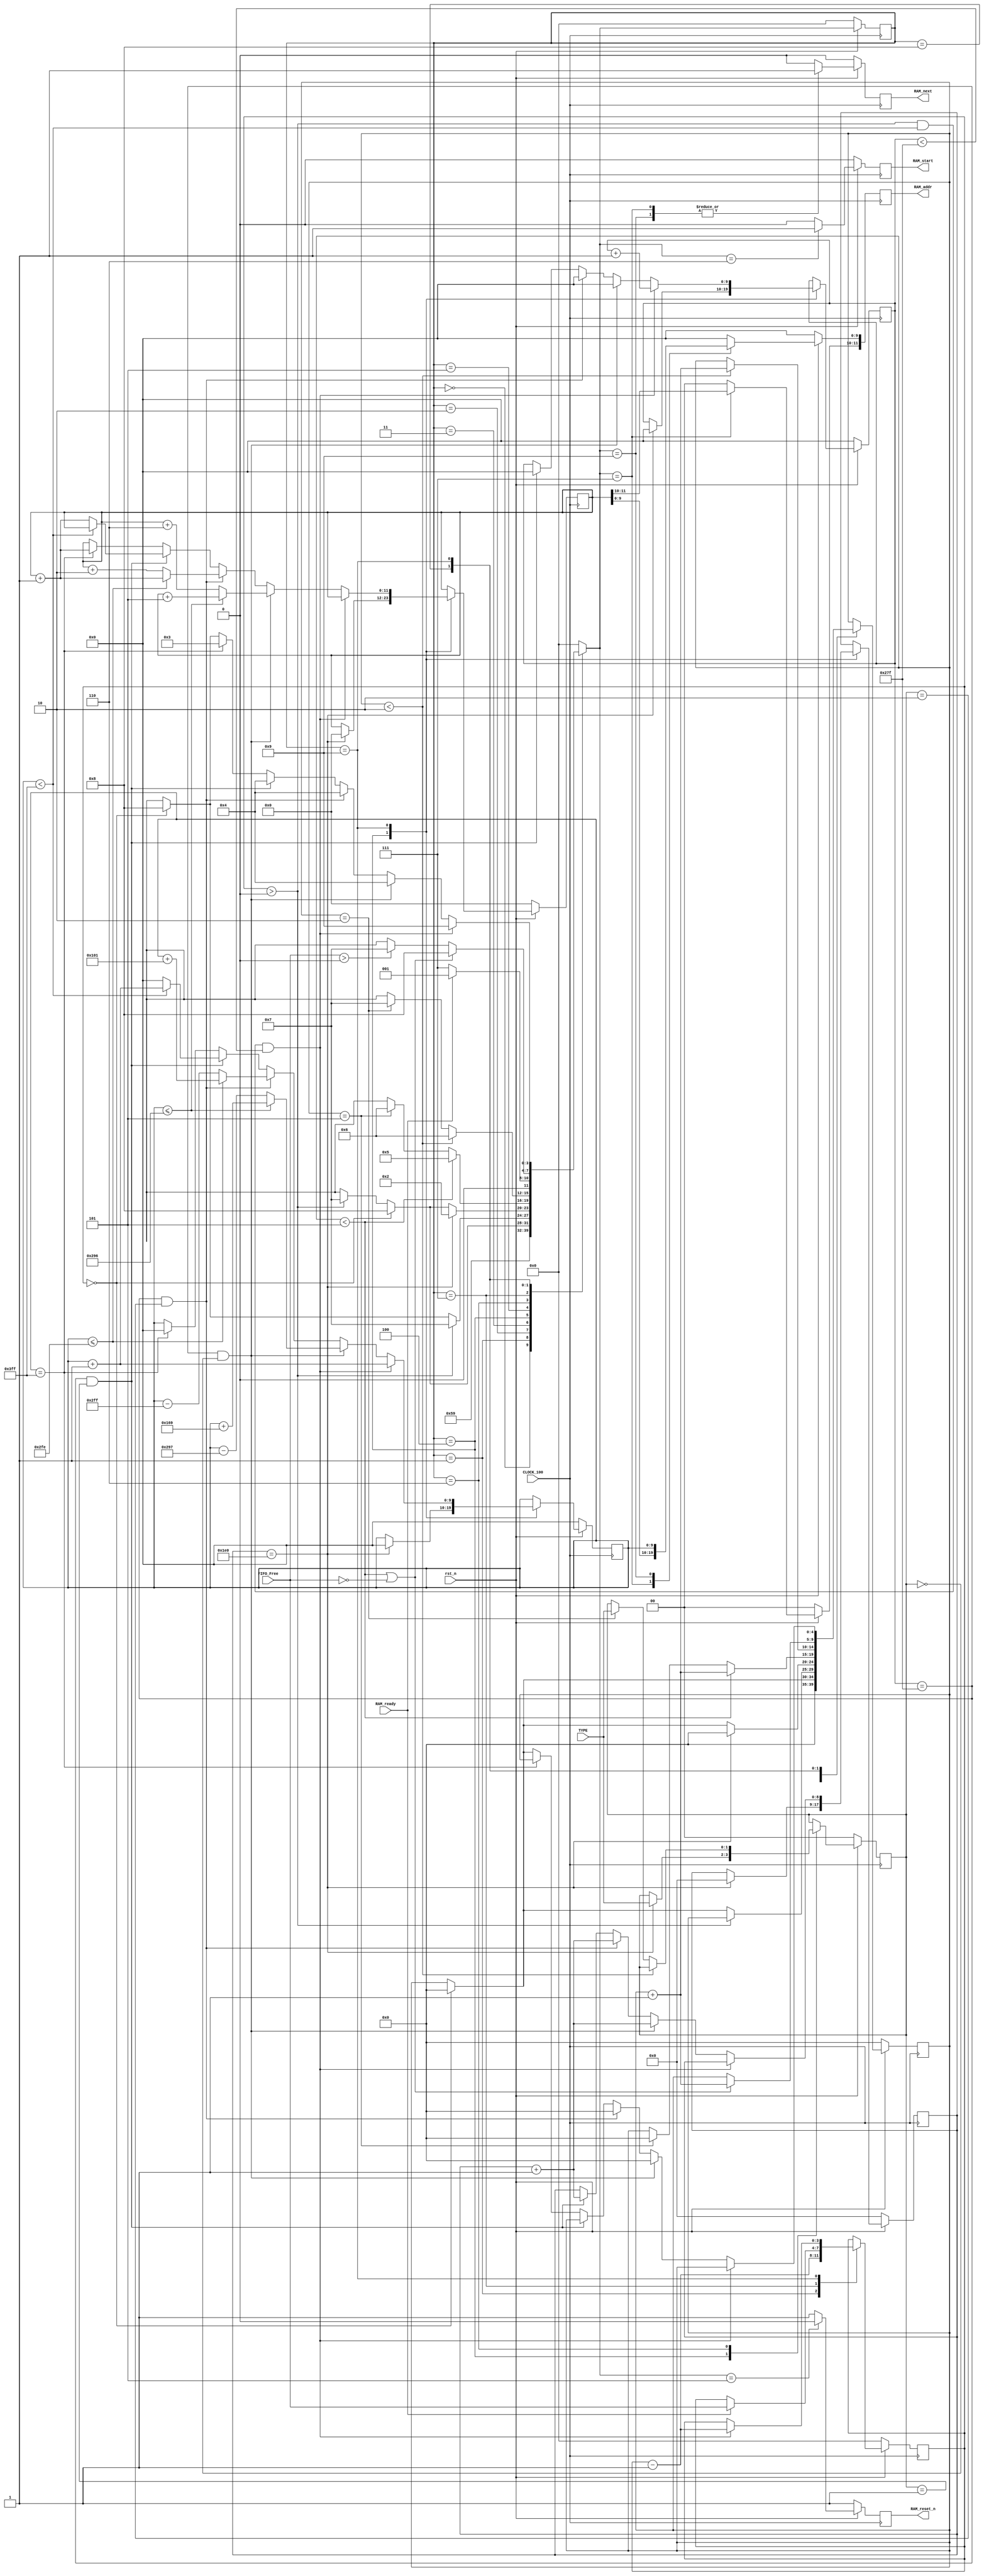

// Created by fizzim.pl version 5.10 on 2016:08:08 at 22:44:07 (www.fizzim.com)

module image_controller (
  output reg [11:0] RAM_addr,
  output reg RAM_next,
  output reg RAM_reset_n,
  output reg RAM_start,
  input wire CLOCK_100,
  input wire [3:0] FIFO_Free,
  input wire RAM_ready,
  input wire [1:0] TYPE,
  input wire rst_n 
);

  // state bits
  parameter 
  AtTheBegging   = 4'b0000, 
  ALittleWait    = 4'b0001, 
  ItsOver        = 4'b0010, 
  NewAddrLine    = 4'b0011, 
  NewVGALine     = 4'b0100, 
  ResetingMemory = 4'b0101, 
  StartingMemory = 4'b0110, 
  WaitToRead     = 4'b0111, 
  WaitingFIFO    = 4'b1000, 
  Writing        = 4'b1001; 

  reg [3:0] state;
  reg [3:0] nextstate;
  reg [3:0] FREE;
  reg [9:0] IMG_COUNT_X;
  reg [8:0] IMG_COUNT_Y;
  reg [10:0] IMG_POS_X;
  reg [9:0] IMG_POS_Y;
  reg [9:0] column;
  reg [11:0] row;
  reg [4:0] support_count;
  reg [1:0] tipo ;
  reg [3:0] next_FREE;
  reg [9:0] next_IMG_COUNT_X;
  reg [8:0] next_IMG_COUNT_Y;
  reg [10:0] next_IMG_POS_X;
  reg [9:0] next_IMG_POS_Y;
  reg [9:0] next_column;
  reg [11:0] next_row;
  reg [4:0] next_support_count;
  reg [1:0] next_tipo ;

  // comb always block
  always @* begin
    nextstate = 4'bxxxx; // default to x because default_state_is_x is set
    next_FREE[3:0] = FREE[3:0];
    next_IMG_COUNT_X[9:0] = IMG_COUNT_X[9:0];
    next_IMG_COUNT_Y[8:0] = IMG_COUNT_Y[8:0];
    next_IMG_POS_X[10:0] = IMG_POS_X[10:0];
    next_IMG_POS_Y[9:0] = IMG_POS_Y[9:0];
    next_column[9:0] = column[9:0];
    next_row[11:0] = row[11:0];
    next_support_count[4:0] = support_count[4:0];
    next_tipo [1:0] = tipo [1:0];
    case (state)
      AtTheBegging  : begin
        begin
          nextstate = ResetingMemory;
          next_support_count[4:0] = 0;
        end
      end
      ALittleWait   : begin
        begin
          nextstate = Writing;
          next_FREE[3:0] = FREE[3:0] - 1'b1;
        end
      end
      ItsOver       : begin
        if (FREE[3:0] == 0) begin
          nextstate = WaitingFIFO;
          next_support_count[4:0] = 0;
        end
        else if (FREE[3:0] > 0) begin
          nextstate = WaitToRead;
        end
      end
      NewAddrLine   : begin
        if (FREE[3:0] > 0) begin
          nextstate = WaitToRead;
        end
        else if (FREE[3:0] == 0) begin
          nextstate = WaitingFIFO;
          next_support_count[4:0] = 0;
        end
      end
      NewVGALine    : begin
        if (IMG_COUNT_Y[8:0] == 480) begin
          nextstate = ItsOver;
          next_row[11:0] = 0;
          next_support_count[4:0] = 0;
          next_IMG_COUNT_Y[8:0] = 0;
          next_column[9:0] = 0;
          next_IMG_COUNT_X[9:0] = 0;
          next_tipo [1:0] = TYPE[1:0];
        end
        else if (FREE[3:0] == 0) begin
          nextstate = WaitingFIFO;
          next_support_count[4:0] = 0;
        end
        else if (FREE[3:0] > 0) begin
          nextstate = WaitToRead;
        end
      end
      ResetingMemory: begin
        if (support_count[4:0] < 5) begin
          nextstate = ResetingMemory;
          next_support_count[4:0] = support_count[4:0] + 1'b1;
        end
        else if (support_count[4:0] == 5) begin
          nextstate = StartingMemory;
          next_support_count[4:0] = 0;
        end
      end
      StartingMemory: begin
        if (support_count[4:0] < 2) begin
          nextstate = StartingMemory;
          next_support_count[4:0] = support_count[4:0] + 1'b1;
        end
        else if (support_count[4:0] == 2) begin
          nextstate = WaitToRead;
          next_tipo [1:0] = TYPE[1:0];
        end
      end
      WaitToRead    : begin
        if (RAM_ready) begin
          nextstate = ALittleWait;
          next_FREE[3:0] = FIFO_Free[3:0];
        end
        else if (!RAM_ready) begin
          nextstate = WaitToRead;
        end
      end
      WaitingFIFO   : begin
        if (support_count[4:0] < 5 || FIFO_Free[3:0] == 0) begin
          nextstate = WaitingFIFO;
          next_support_count[4:0] = support_count[4:0] + 1'b1;
        end
        else if (FIFO_Free[3:0] > 0) begin
          nextstate = WaitToRead;
        end
      end
      Writing       : begin
        if (FREE[3:0] > 0 && column[9:0] < 1023 && IMG_COUNT_X[9:0] < 639) begin
          nextstate = Writing;
          next_column[9:0] = column[9:0] + 1'b1;
          next_IMG_COUNT_X[9:0] = IMG_COUNT_X[9:0] + 1'b1;
          next_FREE[3:0] = FREE[3:0] - 1'b1;
        end
        else if (IMG_COUNT_X[9:0] == 639 && tipo[1:0] == 0) begin
          nextstate = NewVGALine;
          next_IMG_COUNT_Y[8:0] = IMG_COUNT_Y[8:0] + 1'b1;
          next_IMG_COUNT_X[9:0] = 0;
          next_column[9:0] = (column[9:0] <= 662) ? column[9:0] + 10'd361 : column[9:0] - 10'd663;
          next_row[11:0] = (column[9:0] <= 662) ? row[11:0] + 12'd5 : row + 12'd6;
          next_support_count[4:0] = 0;
        end
        else if (IMG_COUNT_X[9:0] == 639 && tipo[1:0] == 2) begin
          nextstate = NewVGALine;
          next_row[11:0] = (column[9:0] <= 766) ?  row[11:0] + 1'b1 : row[11:0] + 12'd2;
          next_support_count[4:0] = 0;
          next_IMG_COUNT_Y[8:0] = IMG_COUNT_Y[8:0] + 1'b1;
          next_IMG_COUNT_X[9:0] = 0;
          next_column[9:0] = (column[9:0] <= 766) ?  column[9:0] + 10'd257 : column[9:0] - 10'd767;
        end
        else if (IMG_COUNT_X[9:0] == 639 && tipo[1:0] == 1) begin
          nextstate = NewVGALine;
          next_column[9:0] = (column < 1023) ? column[9:0] + 1'b1 : 1'b0;
          next_IMG_COUNT_X[9:0] = 0;
          next_IMG_COUNT_Y[8:0] = IMG_COUNT_Y[8:0] + 1'b1;
          next_row[11:0] = (column < 1023) ? row[11:0] : row[11:0] + 1'b1;
        end
        else if (column[9:0] == 1023) begin
          nextstate = NewAddrLine;
          next_row[11:0] = row[11:0] + 1'b1;
          next_column[9:0] = 0;
        end
        else if (FREE[3:0] == 0) begin
          nextstate = WaitingFIFO;
          next_support_count[4:0] = 0;
        end
      end
      default : begin
        nextstate = AtTheBegging; // Added because undefined_states_go_here is set
      end
    endcase
  end

  // Assign reg'd outputs to state bits

  // sequential always block
  always @(posedge CLOCK_100) begin
    if (!rst_n) begin
      state <= AtTheBegging;
      FREE[3:0] <= 4'b0;
      IMG_COUNT_X[9:0] <= 10'b0;
      IMG_COUNT_Y[8:0] <= 9'b0;
      IMG_POS_X[10:0] <= 11'b0;
      IMG_POS_Y[9:0] <= 10'b0;
      column[9:0] <= 10'b0;
      row[11:0] <= 12'b0;
      support_count[4:0] <= 5'b0;
      tipo [1:0] <= 2'b0;
      end
    else begin
      state <= nextstate;
      FREE[3:0] <= next_FREE[3:0];
      IMG_COUNT_X[9:0] <= next_IMG_COUNT_X[9:0];
      IMG_COUNT_Y[8:0] <= next_IMG_COUNT_Y[8:0];
      IMG_POS_X[10:0] <= next_IMG_POS_X[10:0];
      IMG_POS_Y[9:0] <= next_IMG_POS_Y[9:0];
      column[9:0] <= next_column[9:0];
      row[11:0] <= next_row[11:0];
      support_count[4:0] <= next_support_count[4:0];
      tipo [1:0] <= next_tipo [1:0];
      end
  end

  // datapath sequential always block
  always @(posedge CLOCK_100) begin
    if (!rst_n) begin
      RAM_addr[11:0] <= 12'b0;
      RAM_next <= 0;
      RAM_reset_n <= 1;
      RAM_start <= 0;
    end
    else begin
      RAM_addr[11:0] <= 12'b0; // default
      RAM_next <= 0; // default
      RAM_reset_n <= 1; // default
      RAM_start <= 0; // default
      case (nextstate)
        ResetingMemory: begin
          RAM_reset_n <= 0;
        end
        StartingMemory: begin
          RAM_start <= 1;
        end
        WaitToRead    : begin
          RAM_addr[11:0] <= row[11:0];
          RAM_next <= 1;
        end
        Writing       : begin
          RAM_addr[9:0] <= column[9:0];
          RAM_next <= 1;
        end
      endcase
    end
  end

endmodule